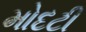
મોદટી